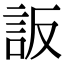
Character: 䛀